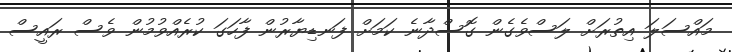
މައްސަލަ އިތުރަށް ލަސްވެގެން ގޮސްދާނެ ކަމަށް ފަނޑިޔާރުން ފާހަގަ ކުރެއްވުމުން ވެސް ރައީސް